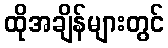
ထိုအချိန်များတွင်